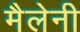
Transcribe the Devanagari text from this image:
मैलेनी